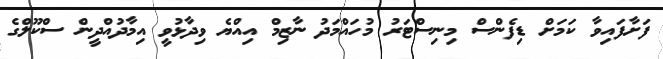
ފަށާފައިވާ ކަމަށް ޑިފެންސް މިނިސްޓަރު މުހައްމަދު ނާޒިމް އިއްޔެ ވިދާޅުވީ އިމާދުއްދީން ސްކޫލްގެ